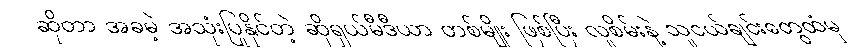
ဆိုတာ အခမဲ့ အသုံးပြုနိုင်တဲ့ ဆိုရှယ်မီဒီယာ တစ်မျိုး ဖြစ်ပြီး လူစိမ်းနဲ့ သူငယ်ချင်းတွေထံမှ